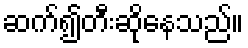
ဆက်၍တီးဆိုနေသည်။